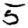
Digit: 5